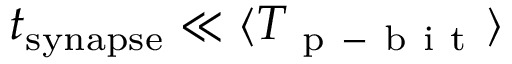
t _ { \mathrm { s y n a p s e } } \ll \langle T _ { \mathrm { ~ p ~ - ~ b ~ i ~ t ~ } } \rangle